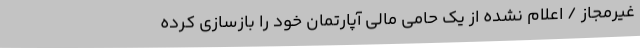
غیرمجاز / اعلام نشده از یک حامی مالی آپارتمان خود را بازسازی کرده